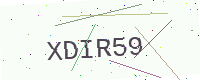
Text: XDIR59